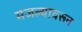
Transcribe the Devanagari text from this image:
मजल्यावरून